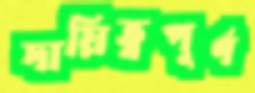
দায়িত্বপূর্ণ